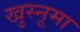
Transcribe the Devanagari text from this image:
खुस्नूमा